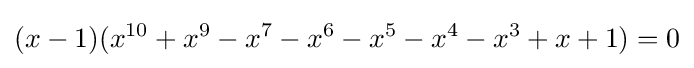
(x-1)(x^{10}+x^{9}-x^{7}-x^{6}-x^{5}-x^{4}-x^{3}+x+1)=0